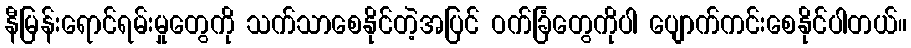
နီမြန်းရောင်ရမ်းမှုတွေကို သက်သာစေနိုင်တဲ့အပြင် ဝက်ခြံတွေကိုပါ ပျောက်ကင်းစေနိုင်ပါတယ်။